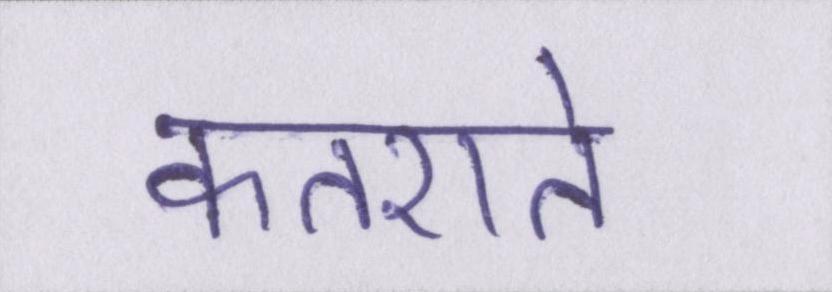
कतराते